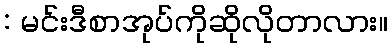
: မင်းဒီစာအုပ်ကိုဆိုလိုတာလား။